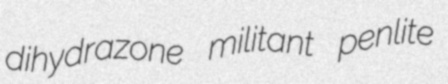
dihydrazone militant penlite